Reports on dispensaries and lunatic asylums in the Province of Oudh - 1869-1876
Year: 1869
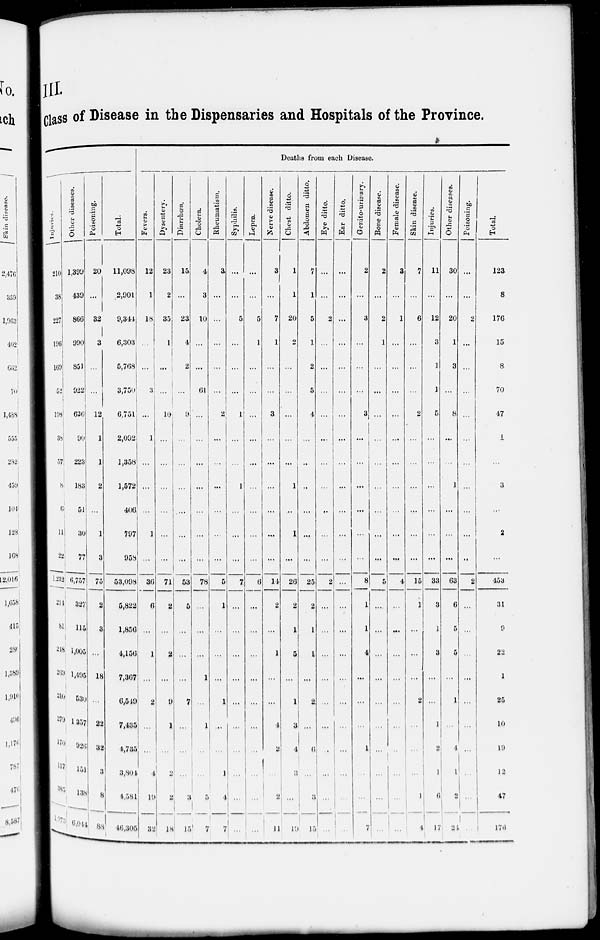
III.
Class of Disease in the Dispensaries and Hospitals of the Province.
Injuries.
210
38
227
196
169
52
198
38
57
8
6
11
22
1,232
214
81
218
269
210
279
170
117
385
1,073
Other diseases.
1,399
439
866
990
851
922
636
90
223
183
51
30
77
6,757
327
115
1,005
1,495
530
1,357
926
151
138
6,044
Poisoning.
20
...
32
3
...
...
12
1
1
2
1
3
75
2
3
...
18
...
22
32
3
8
88
Total.
11,098
2,901
9,344
6,303
5,768
3,750
6,751
2,092
1,358
1,572
406
797
958
53,098
5,822
1,856
4,156
7,367
6,549
7,435
4,735
3,804
4,581
40,305
Deaths from each Disease.
Fevers.
12
1
18
...
...
3
...
1
...
...
...
1
...
36
6
...
1
...
2
...
...
4
19
32
Dysentery.
23
2
35
1
...
...
10
...
...
...
...
...
...
71
2
...
2
...
9
1
...
2
2
18
Diarrhœa.
15
...
23
4
2
...
9
...
...
...
....
...
...
53
5
...
...
...
7
...
...
...
3
15
Cholera.
4
3
10
...
...
61
...
...
...
...
...
...
...
78
...
...
...
1
...
1
...
...
5
7
Rheumatism.
3
...
...
...
...
...
2
...
...
...
...
...
...
5
1
...
...
...
1
...
...
1
4
7
Syphilis.
...
...
5
...
...
...
1
...
...
1
...
...
...
7
...
...
...
...
...
...
...
...
...
...
Lepra.
...
5
1
...
...
...
...
...
...
...
...
6
...
...
...
...
...
...
...
...
...
...
Nerve disease.
3
...
7
1
...
...
3
...
...
...
...
...
...
14
2
...
1
...
...
4
2
...
2
11
Chest ditto.
1
1
20
2
...
...
...
...
...
1
...
1
...
26
2
1
5
...
1
3
4
3
...
19
Abdomen ditto.
7
1
5
1
2
5
4
...
...
...
...
...
...
25
2
1
1
...
2
...
6
...
3
15
Eye ditto.
...
...
2
...
...
...
...
...
...
...
...
...
...
2
...
...
...
...
...
...
...
...
...
...
Ear ditto.
...
...
...
...
...
...
...
...
...
...
...
...
...
...
...
...
...
...
...
...
...
...
...
Genito-urinary.
2
...
3
...
...
...
3
...
...
...
...
...
...
8
1
1
4
...
...
...
1
...
...
7
Bone disease.
2
...
2
1
...
...
...
...
...
...
...
...
...
5
...
...
...
...
...
...
...
...
...
...
Female disease.
3
...
1
...
...
...
...
...
...
...
...
...
...
4
...
...
...
...
...
...
...
...
...
...
Skin disease.
7
...
6
...
...
...
2
...
...
...
...
...
...
15
1
...
...
...
2
...
...
...
1
4
Injuries.
11
...
12
3
1
1
5
...
...
...
...
...
...
33
3
1
3
...
...
1
2
1
6
17
Other diseases.
30
...
20
1
3
...
8
...
...
1
...
...
...
63
6
5
5
...
1
...
4
1
2
24
Poisoning.
...
...
2
...
...
...
...
...
...
...
...
...
...
2
...
...
...
...
...
...
...
...
...
...
Total.
123
8
176
15
8
70
47
1
...
3
...
2
...
453
31
9
22
1
25
10
19
12
47
176